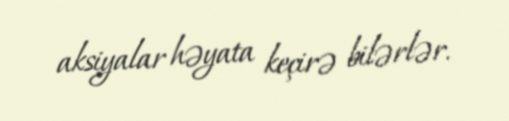
aksiyalar həyata keçirə bilərlər.